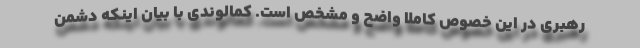
رهبری در این خصوص کاملاً واضح و مشخص است. کمالوندی با بیان اینکه دشمن